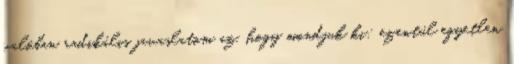
valóban radikális javaslatom az, hogy mondjuk ki: ezentúl egyetlen